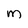
Character: M